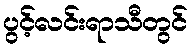
ပွင့်လင်းရာသီတွင်